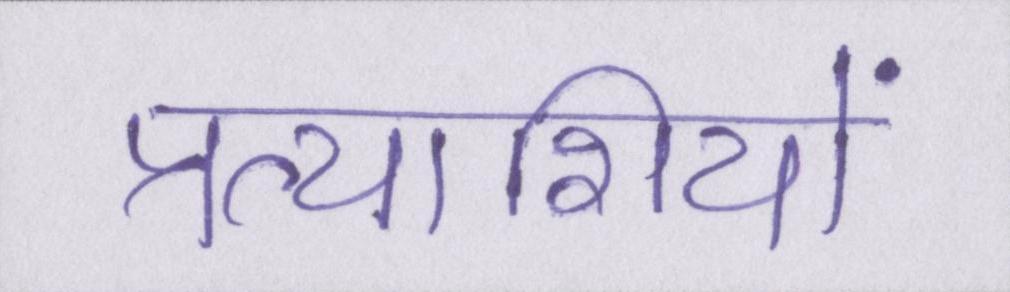
प्रत्याशियों